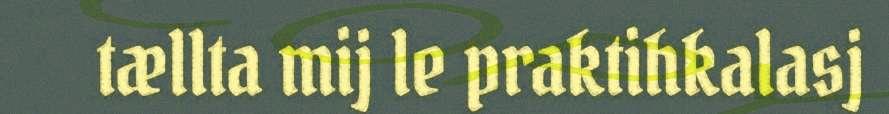
tællta mij le praktihkalasj